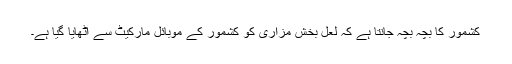
کشمور کا بچہ بچہ جانتا ہے کہ لعل بخش مزاری کو کشمور کے موبائل مارکیٹ سے اٹھایا گیا ہے۔